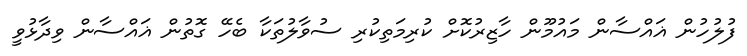
ފުލުހުން ޣައްސާން މައުމޫން ހާޒިރުކޮށް ކުރިމަތިކުރި ސުވާލުތަކާ ބެހޭ ގޮތުން ޣައްސާން ވިދާޅުވީ